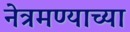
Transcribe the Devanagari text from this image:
नेत्रमण्याच्या